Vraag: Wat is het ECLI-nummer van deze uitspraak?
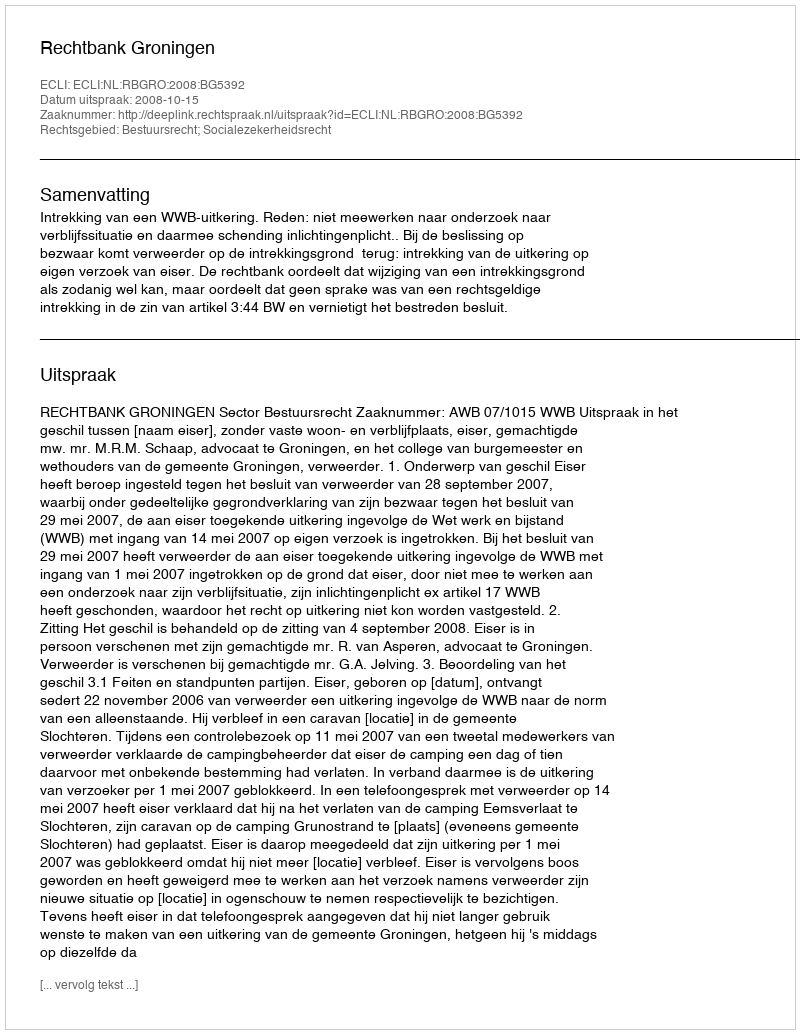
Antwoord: ECLI:NL:RBGRO:2008:BG5392